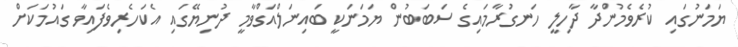
ޔަމަނުގައި ކުރެވެމުންދާ ދާހިލީ ހަނގުރާމައިގެ ސަބަބުން ޔަމަނަކީ ބައިނަލްއަގްވާމީ ދުނިޔޭގައި އެކަހެރިވެފައިވާ ގައުމަކަށް